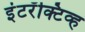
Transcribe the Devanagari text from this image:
इंटरॅक्टिव्ह